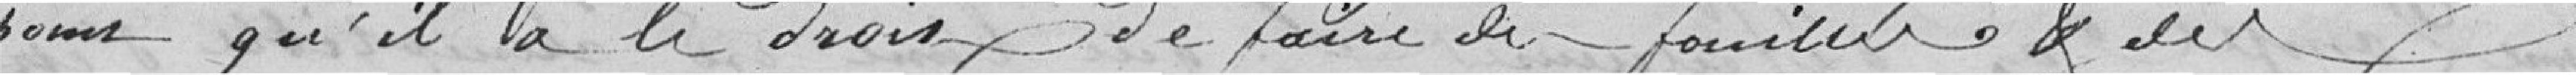
point qu'il a le droit de faire des fouilles et des